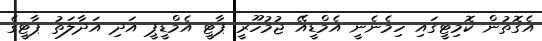
އެގޮތުން ކޮމިޓީގައި ހިމެނެނީ އެމްޑީއޭ ޖުމުހޫރީ ޕާޓީ އެމްޑީޕީ އަދި އަދާލަތު ޕާޓީގެ